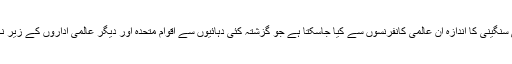
ماحولیاتی آلودگی کی سنگینی کا اندازہ ان عالمی کانفرنسوں سے کیا جاسکتا ہے جو گزشتہ کئی دہائیوں سے اقوام متحدہ اور دیگر عالمی اداروں کے زیر نگرانی ہوتی رہی ہیں۔